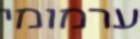
ערמומי